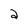
Character: 2